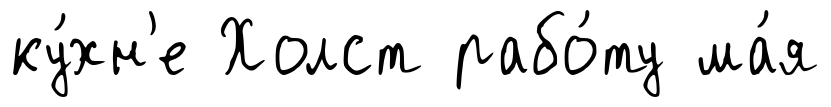
ку́хн'е Холст рабо́ту ма́я